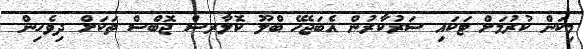
މިކަން ކުރުމަށް ޓަކައި ސަރުކާރުން އެބަޖެހޭ ބްލޫ ކޮލާރސް ޖޮބްސް ތަކަށް ދިވެހިން